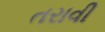
તરાવી